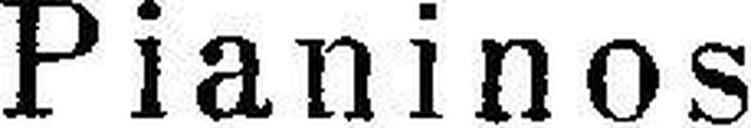
Pianinos